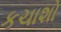
કચાશો